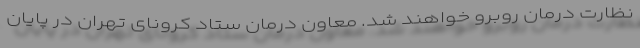
نظارت درمان روبرو خواهند شد. معاون درمان ستاد کرونای تهران در پایان